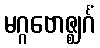
မဂ္ဂဗောဇ္ဈင်္ဂံ